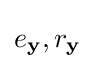
e_{\mathbf {y} },r_{\mathbf {y} }